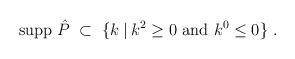
LaTeX: \begin{align*}{\mbox{supp }} \hat{P} \;\subset\; \{ k \:|\: k^2 \geq 0 {\mbox{ and }}k^0 \leq 0 \} \;. \end{align*}